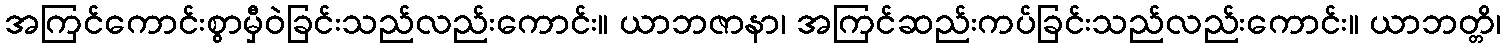
အကြင်ကောင်းစွာမှီဝဲခြင်းသည်လည်းကောင်း။ ယာဘဇာနာ၊ အကြင်ဆည်းကပ်ခြင်းသည်လည်းကောင်း။ ယာဘတ္တိ၊